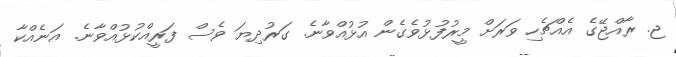
ޖ. ރާއްޖޭގެ އެއްޗެހި ވަރަށް މީރުފުޅުވެގެން އުޅުއްވާނެ. ގަރުދިޔަ ވެސް ފަރީއްކުޅުއްވާނެ. އަނެއްކާ